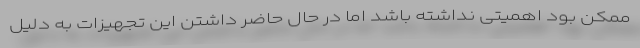
ممکن بود اهمیتی نداشته باشد اما در حال حاضر داشتن این تجهیزات به دلیل